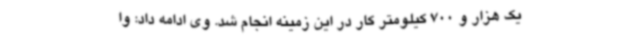
یک هزار و 700 کیلومتر کار در این زمینه انجام شد. وی ادامه داد: وا